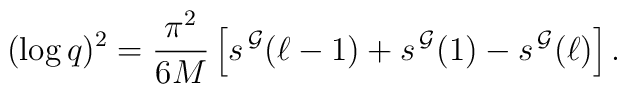
(\log q)^2 = \frac{\pi^2}{6 M}\left[s^{\, \cal G}(\ell-1)+ s^{\, \cal G}(1)- s^{\, \cal G}(\ell)  \right].